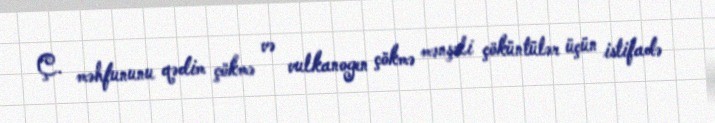
Ç. məhfununu qədim çökmə və vulkanogen çökmə mənşəli çöküntülər üçün istifadə